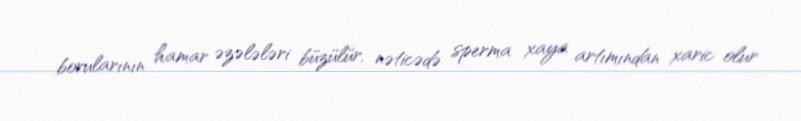
borularının hamar əzələləri büzülür, nəticədə sperma xaya artımından xaric olur